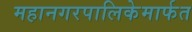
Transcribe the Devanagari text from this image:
महानगरपालिकेमार्फत